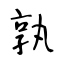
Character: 孰